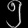
Digit: ၅